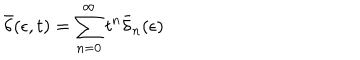
\bar { \delta } ( \epsilon , t ) = \sum _ { n = 0 } ^ { \infty } t ^ { n } \bar { \delta } _ { n } ( \epsilon )